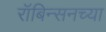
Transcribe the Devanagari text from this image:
रॉबिन्सनच्या